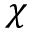
\chi